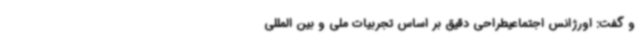
و گفت: اورژانس اجتماعیطراحی دقیق بر اساس تجربیات ملی و بین المللی